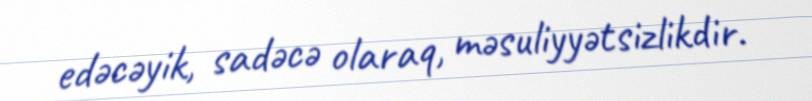
edəcəyik, sadəcə olaraq, məsuliyyətsizlikdir.